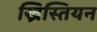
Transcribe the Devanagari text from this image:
ख्रिस्तियन